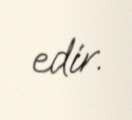
edir.